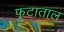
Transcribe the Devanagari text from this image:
फूटाताल